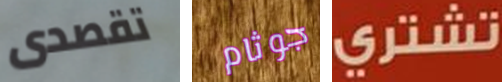
تقصدى جوثام تشتري